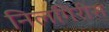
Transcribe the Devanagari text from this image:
निलगिरीस